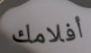
أفلامك